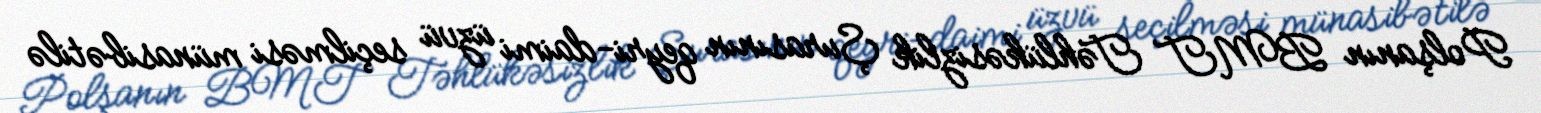
Polşanın BMT Təhlükəsizlik Şurasının qeyri-daimi üzvü seçilməsi münasibətilə